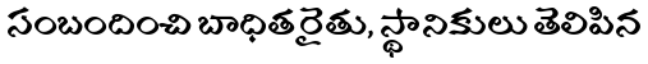
సంబందించి బాధిత రైతు, స్థానికులు తెలిపిన